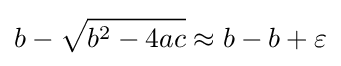
b-{\sqrt {b^{2}-4ac}}\approx b-b+\varepsilon